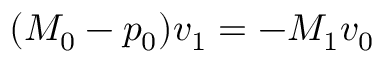
( M _ { 0 } - p _ { 0 } ) \boldsymbol { v } _ { 1 } = - M _ { 1 } \boldsymbol { v } _ { 0 }